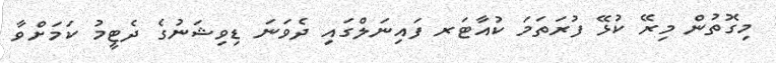
މިގޮތުން މިރޭ ކުޅޭ ފުރަތަމަ ކުއާޓަރ ފައިނަލްގައި ދެވަނަ ޑިވިޝަނުގެ ދެޓީމު ކަމަށްވާ